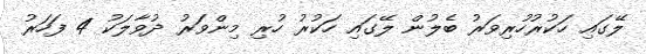
ލޭގައި ހަކުރުހުރިވަރު ބެލުން ލޭގައި ހަކުރު ހުރި މިންވަރު ދުވާލަކު 4 ފަހަރު